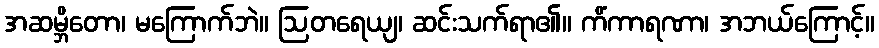
အဆမ္ဘိတော၊ မကြောက်ဘဲ။ ဩတရေယျ၊ ဆင်းသက်ရာ၏။ ကိံကာရဏာ၊ အဘယ်ကြောင့်။